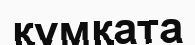
құмқата